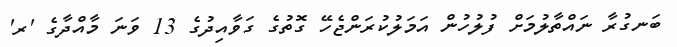
ބަނގުރާ ނައްތާލުމަށް ފުލުހުން އަމަލުކުރަންޖެހޭ ގޮތުގެ ގަވާއިދުގެ 13 ވަނަ މާއްދާގެ 'ރ'